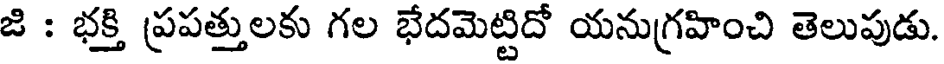
జి : భక్తి ప్రపత్తులకు గల భేదమెట్టిదో యనుగ్రహించి తెలుపుడు.